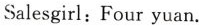
Salesgirl:Four yuan.